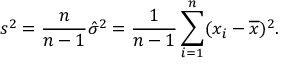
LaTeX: s ^ { 2 } = { \frac { n } { n - 1 } } { \hat { \sigma } } ^ { 2 } = { \frac { 1 } { n - 1 } } \sum _ { i = 1 } ^ { n } ( x _ { i } - { \overline { { x } } } ) ^ { 2 } .